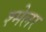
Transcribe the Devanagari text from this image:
श्मेलर